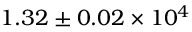
1 . 3 2 \pm 0 . 0 2 \times 1 0 ^ { 4 }